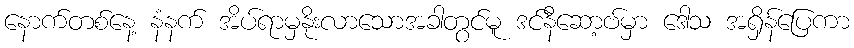
နောက်တစ်နေ့ နံနက် အိပ်ရာမှနိုးလာသောအခါတွင်မူ ဒင်နီဆော့ဗ်မှာ ဒေါသ အရှိန်ပြေကာ